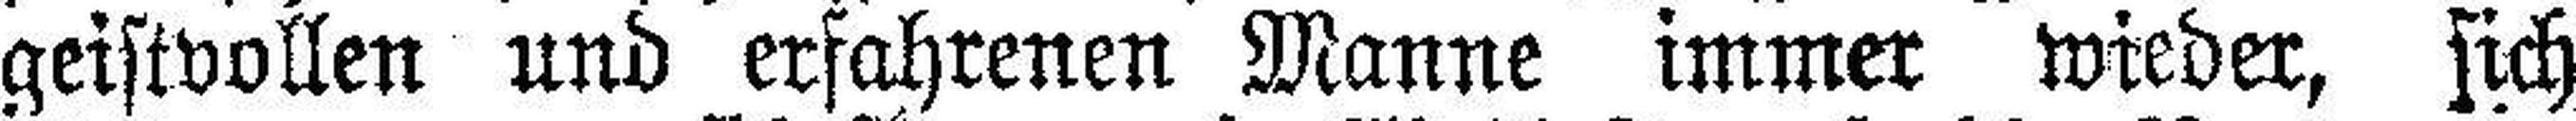
geistvollen und erfahrenen Manne immer wieder, sich